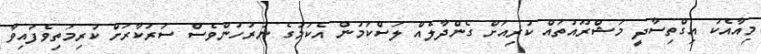
މިއާއެކު އިގްތިސާދީ މަޝްރޫއުތައް ކުރިއަށް ގެންދާލެއް ލަސްކަމުން އެކަމުގެ ނުރުހުންވެސް ސަރުކާރަށް ކުރިމަތިވެފައިވާ